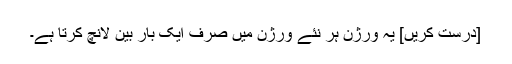
[درست کریں] یہ ورژن ہر نئے ورژن میں صرف ایک بار بین لانچ کرتا ہے۔